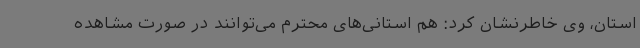
استان، وی خاطرنشان کرد: هم استانی‌های محترم می‌توانند در صورت مشاهده